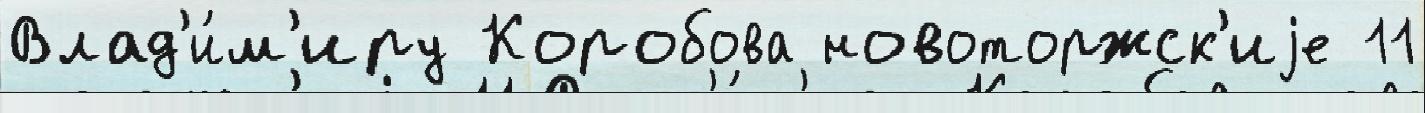
Влад'и́м'иру Коробова новоторжск'иjе 11